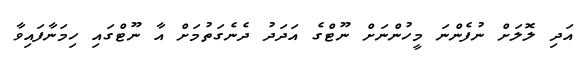
އަދި ލޮލަށް ނުފެންނަ މީހުންނަށް ނޫޓްގެ އަދަދު ދެނެގަތުމަށް އާ ނޫޓްގައި ހިމަނާފައިވާ